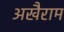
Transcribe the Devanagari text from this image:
अखैराम